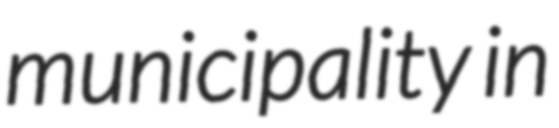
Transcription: municipality in